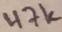
Text: 47K